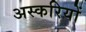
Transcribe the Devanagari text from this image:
अस्करियों